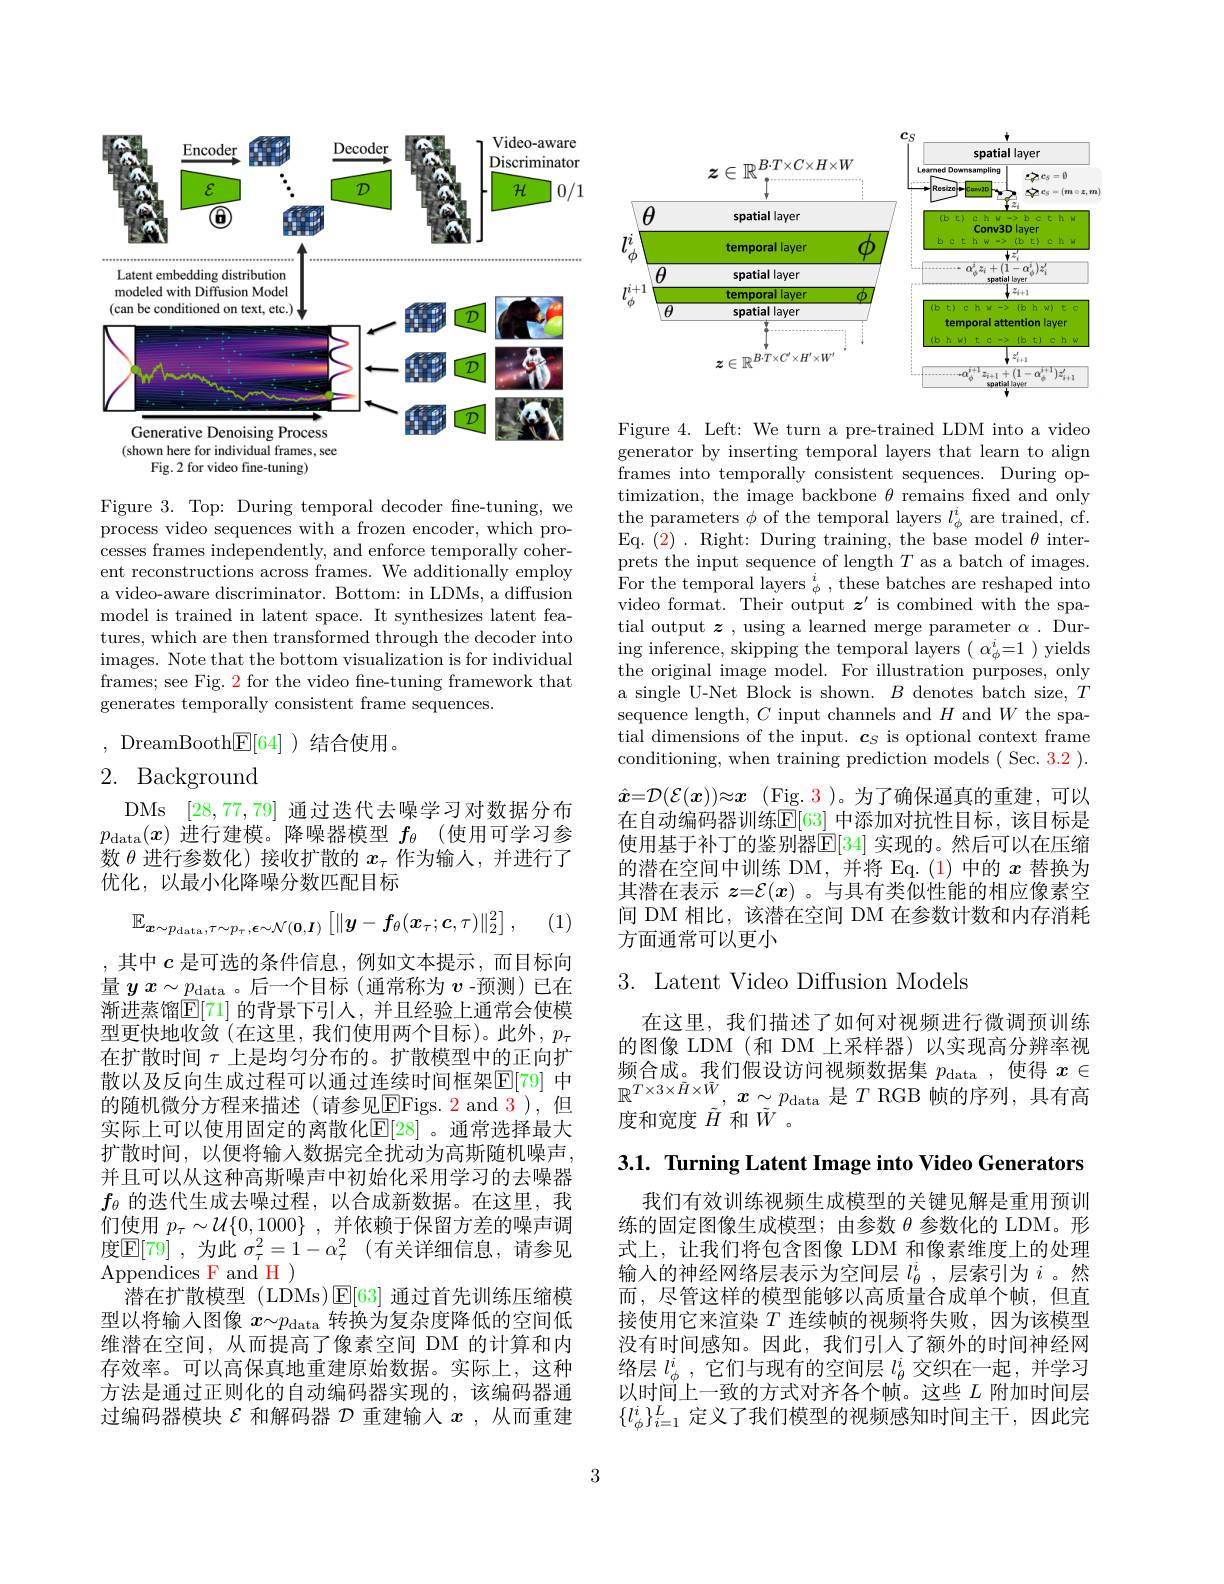
<FigureHere>

Figure 3. Top: During temporal decoder fne-tuning, we process video sequences with a frozen encoder, which processes frames independently, and enforce temporally coherent reconstructions across frames. We additionally employ a video-aware discriminator. Bottom: in LDMs, a diffusion model is trained in latent space. It synthesizes latent features, which are then transformed through the decoder into images. Note that the bottom visualization is for individual frames; see Fig. $\color{red}2$ for the video fine-tuning framework that generates temporally consistent frame sequences.

,DreamBooth$\underline{\mathrm{E}}[64]$)结合使用。

# 2. Background

DMs [28,77,79]通过迭代去噪学习对数据分布$p_\mathrm{data}(x)$进行建模。降噪器模型$f_\theta$ (使用可学习参数$\theta$进行参数化)接收扩散的$x_\tau$作为输人，并进行了优化，以最小化降噪分数匹配目标
$$\mathbb{E}_{\boldsymbol{x}\sim p_{\mathrm{data}},\tau\sim p_{\tau},\boldsymbol{\epsilon}\sim\mathcal{N}(\boldsymbol{0},\boldsymbol{I})}\left[\|\boldsymbol{y}-\boldsymbol{f}_{\theta}(\boldsymbol{x}_{\tau};\boldsymbol{c},\tau)\|_{2}^{2}\right],$$
(1)

,其中$c$ 是可选的条件信息，例如文本提示，而目标向量 $yx\sim p_\mathrm{data}$。后一个目标(通常称为$v$ -预测)已在渐进蒸馏$\mathbb{E}[71]$ 的背景下引人，并且经验上通常会使模型更快地收敛(在这里，我们使用两个目标)。此外，$p_\tau$ 在扩散时间$\tau$上是均匀分布的。扩散模型中的正向扩散以及反向生成过程可以通过连续时间框架$\mathbb{E}[79]$ 中的随机微分方程来描述 (请参见$\overline{\mathrm{E}}$Figs.2 and 3),但实际上可以使用固定的离散化$\mathbb{E}[28]$ 。通常选择最大扩散时间，以便将输入数据完全扰动为高斯随机噪声， 并且可以从这种高斯噪声中初始化采用学习的去噪器$f_{\theta}$的迭代生成去噪过程，以合成新数据。在这里，我们使用$p_\tau\sim\mathcal{U}\{0,1000\}$,并依赖于保留方差的噪声调度$\mathbb{E}[79]$ ,为此 $\sigma_\tau^2=1-\alpha_\tau^2$ (有关详细信息，请参见Appendices F and H
$\bar{\text{潜在扩散模型 (LDMs)}}$E[63]通过首先训练压缩模型以将输入图像$x\sim p_\mathrm{data}$转换为复杂度降低的空间低维潜在空间，从而提高了像素空间 DM 的计算和内存效率。可以高保真地重建原始数据。实际上，这种方法是通过正则化的自动编码器实现的，该编码器通过编码器模块$\mathcal{E}$和解码器$\mathcal{D}$重建输人$x$ ,从而重建

3

<FigureHere>

Figure 4. Left: We turn a pre-trained LDM into a video generator by inserting temporal layers that learn to align frames into temporally consistent sequences. During optimization, the image backbone $\theta$ remains fixed and only the parameters $\phi$ of the temporal layers $l_\phi^i$ are trained, cf. Eq. (2) . Right: During training, the base model $\theta$ interprets the input sequence of length $T$ as a batch of images. $\text{For the temporal layers }_{\phi }^{i}$, these batches are reshaped into video format. Their output $\boldsymbol{z}^{\prime }$ is combined with the spatial output $\boldsymbol z$ , using a learned merge parameter $\alpha.$ Dur- $\begin{array}{l}\mathrm{ing~inference,~skipping~the~temporal~layers~(~\alpha_{\phi}^{i}=1~)~yields}\\\mathrm{the~original~image~model.~For~illustration~purposes,~only}\end{array}$ a single U-Net Block is shown. $B$ denotes batch size, $T$ sequence length, $C$ input channels and $H$ and $W$ the spatial dimensions of the input. $\boldsymbol c_S$ is optional context frame conditioning, when training prediction models ( Sec. 3.2 ). $\hat{x} = \mathcal{D} ( \mathcal{E} ( \boldsymbol{x}) ) \approx \boldsymbol{x}$ $( \operatorname { Fig. 3}$)。为了确保逼真的重建，可以在自动编码器训练$\mathbb{E}[63]$ 中添加对抗性目标，该目标是使用基于补丁的鉴别器$\mathbb{E}[34]$ 实现的。然后可以在压缩的潜在空间中训练 DM,并将 Eq.(1)中的$x$替换为其潜在表示$z=\mathcal{E}(x)$ 。与具有类似性能的相应像素空间 DM 相比，该潜在空间 DM 在参数计数和内存消耗方面通常可以更小

## 3. Latent Video Diffusion Models

在这里，我们描述了如何对视频进行微调预训练的图像 LDM (和 DM 上采样器)以实现高分辨率视频合成。我们假设访问视频数据集$p_\mathrm{data}$ ,使得$x\in$ 频 口 成 。我 们 假 收 切 问 优 频 数 加 未 $p_{\mathrm{data~, ~}}$ 仅 付 $x\in$ $\mathbb{R} ^{T\times 3\times \tilde{H} \times \tilde{W} }$, $x\sim p_{\mathrm{data~}}$是 $T$ RGB 帧 的 序 列 , 具 有 高 度 和 宽 度 $\tilde{H}$ 和 $\tilde{W} $。

3.1. Turning Latent Image into Video Generators

我们有效训练视频生成模型的关键见解是重用预训练的固定图像生成模型；由参数$\theta$参数化的 LDM。形式上，让我们将包含图像 LDM 和像素维度上的处理输入的神经网络层表示为空间层$l_\theta^i$,层索引为$i$ 。然而，尽管这样的模型能够以高质量合成单个帧，但直接使用它来渲染$T$连续帧的视频将失败，因为该模型没有时间感知。因此，我们引人了额外的时间神经网络层$l_\phi^i$,它们与现有的空间层$l_\theta^i$交织在一起，并学习以时间上一致的方式对齐各个帧。这些$L$附加时间层$\{l_\phi^i\}_{i=1}^L$定义了我们模型的视频感知时间主干，因此完